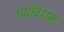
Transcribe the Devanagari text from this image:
पर्यावेशन